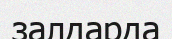
залдарда